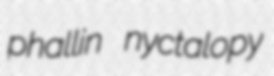
phallin nyctalopy